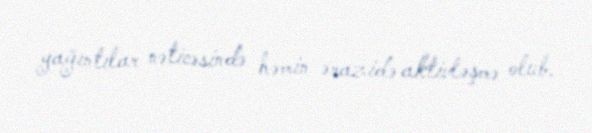
yağıntılar nəticəsində həmin ərazidə aktivləşmə olub.